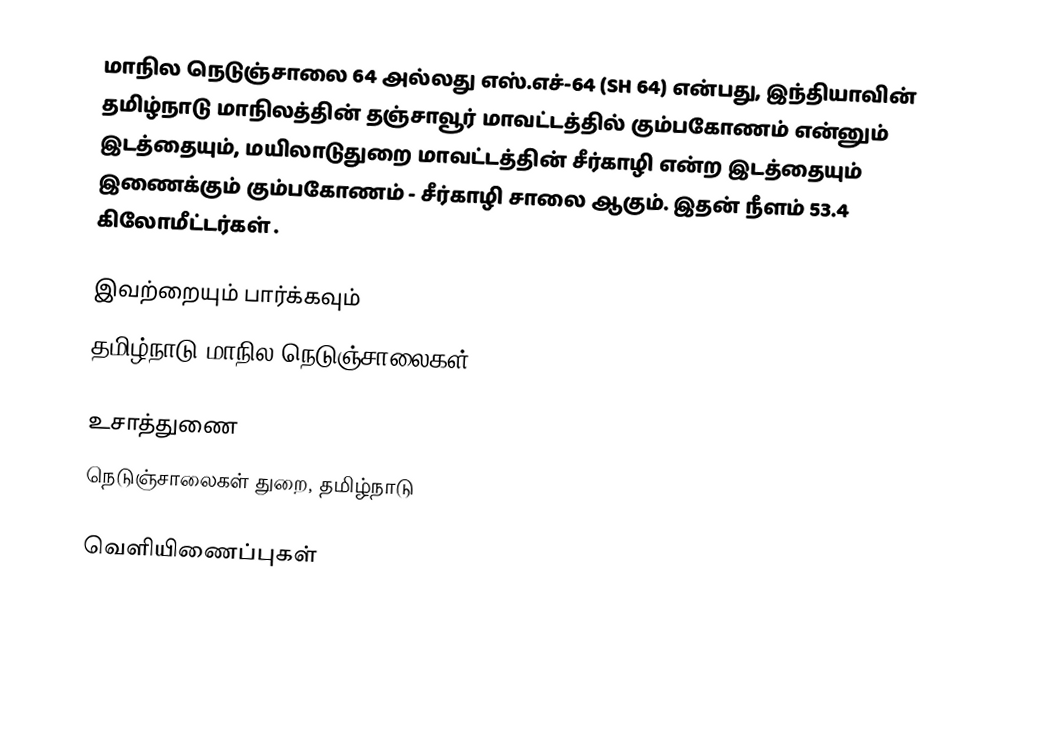
மாநில நெடுஞ்சாலை 64 அல்லது எஸ்.எச்-64 (SH 64) என்பது, இந்தியாவின் தமிழ்நாடு மாநிலத்தின் தஞ்சாவூர் மாவட்டத்தில் கும்பகோணம் என்னும் இடத்தையும், மயிலாடுதுறை மாவட்டத்தின்  சீர்காழி என்ற இடத்தையும் இணைக்கும் கும்பகோணம் - சீர்காழி சாலை ஆகும். இதன் நீளம் 53.4  கிலோமீட்டர்கள் .

இவற்றையும் பார்க்கவும்
 தமிழ்நாடு மாநில நெடுஞ்சாலைகள்

உசாத்துணை
 நெடுஞ்சாலைகள் துறை, தமிழ்நாடு

வெளியிணைப்புகள்